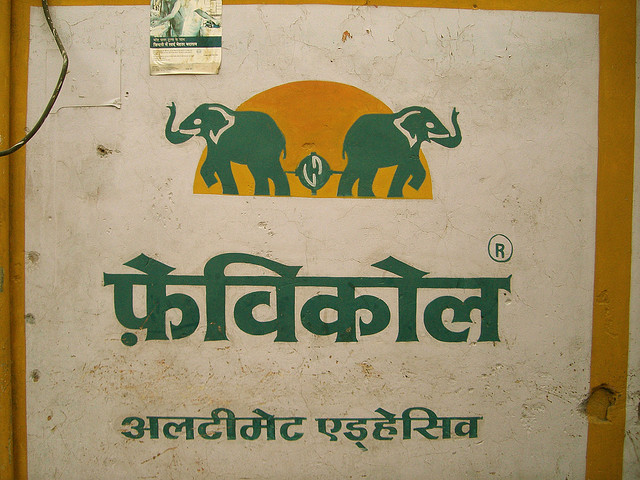
Language: hindi
Transcription: एड्हेसिव अल्टीमेट फेविकोल